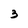
Character: 3